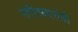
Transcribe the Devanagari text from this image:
संगीतकारांची